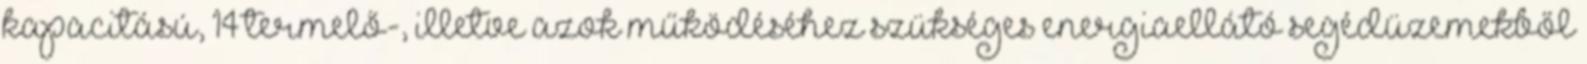
kapacitású, 14 termelő-, illetve azok működéséhez szükséges energiaellátó segédüzemekből